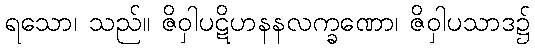
ရသော၊ သည်။ ဇိဝှါပဋိဟနနလက္ခဏော၊ ဇိဝှါပသာဒ၌